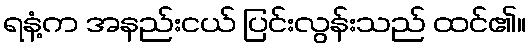
ရနံ့က အနည်းငယ် ပြင်းလွန်းသည် ထင်၏။